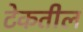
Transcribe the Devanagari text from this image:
टेकतील